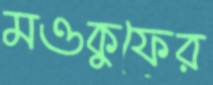
মওকুফের